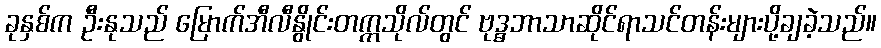
ခုနှစ်က ဦးနုသည် မြောက်အီလီနွိုင်းတက္ကသိုလ်တွင် ဗုဒ္ဓဘာသာဆိုင်ရာသင်တန်းများပို့ချခဲ့သည်။